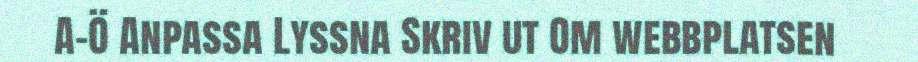
A-Ö Anpassa Lyssna Skriv ut Om webbplatsen